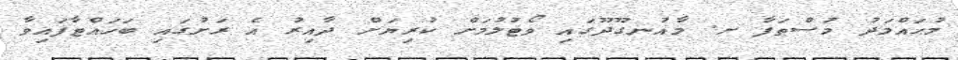
މުޙައްމަދު މުސްޠަފާ ށ. މާއުނގޫދޫގައި ވޯޓުލުމަށް ކުރިޔަށް ދާއިރު އެ ރަށުގައި ބަހައްޓާފައިވާ